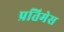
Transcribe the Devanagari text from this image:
प्रतिमेस